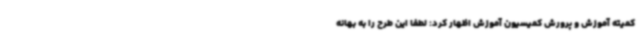
کمیته آموزش و پرورش کمیسیون آموزش اظهار کرد: لطفا این طرح را به بهانه